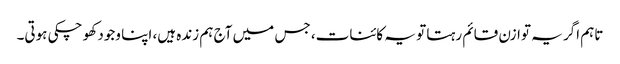
تاہم اگر یہ توازن قائم رہتا تو یہ کائنات، جس میں آج ہم زندہ ہیں، اپنا وجود کھو چکی ہوتی۔